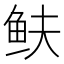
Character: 𩽺